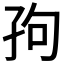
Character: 𫲢